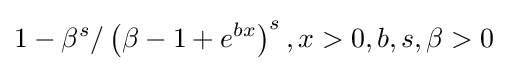
1-\beta ^{s}/\left(\beta -1+e^{bx}\right)^{s},x>0,b,s,\beta >0